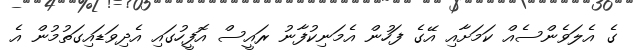
ގެ އެލަވެންސެއް ކަމަށާއި އޭގެ ފަހުން އެމަނިކުފާނު ރައީސް އޮފީހުގައި އެދިވަޑައިގަތުމުން އެ